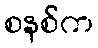
စနစ်က